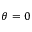
\theta = 0